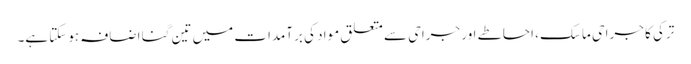
ترکی کا جراحی ماسک ، احاطے اور جراحی سے متعلق مواد کی برآمدات میں تین گنا اضافہ ہوسکتا ہے۔